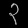
Digit: ၃